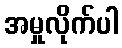
အမှုလိုက်ပါ